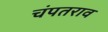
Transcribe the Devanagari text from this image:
चंपतराव